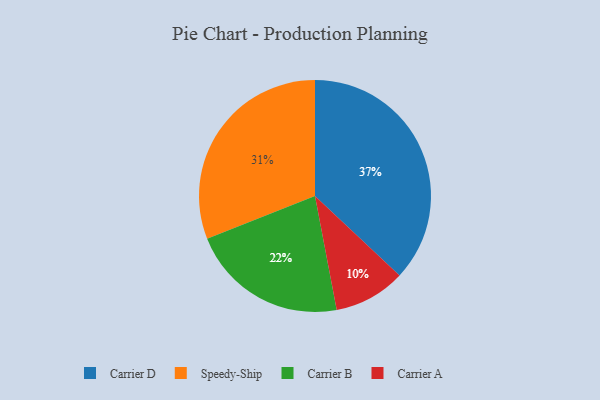
{"axis": {"x": "Category", "y": "Percentage"}, "legend": ["Carrier A", "Carrier B", "Carrier D", "Speedy-Ship"], "data": [{"x": "Carrier B", "y": 22, "type": "Carrier B"}, {"x": "Carrier D", "y": 37, "type": "Carrier D"}, {"x": "Speedy-Ship", "y": 31, "type": "Speedy-Ship"}, {"x": "Carrier A", "y": 10, "type": "Carrier A"}]}